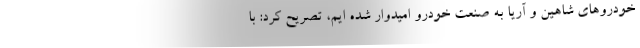
خودروهای شاهین و آریا به صنعت خودرو امیدوار شده ایم، تصریح کرد: با